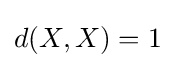
d(X,X)=1